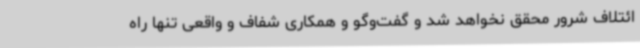
ائتلاف شرور محقق نخواهد شد و گفت‌وگو و همکاری شفاف و واقعی تنها راه